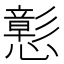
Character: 𢣪